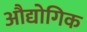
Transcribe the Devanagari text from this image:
अौद्योगिक